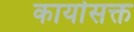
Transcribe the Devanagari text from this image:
कार्यासक्त